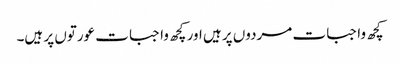
کچھ واجبات مردوں پر ہیں اور کچھ واجبات عورتوں پر ہیں۔